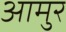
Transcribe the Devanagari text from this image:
आमुर